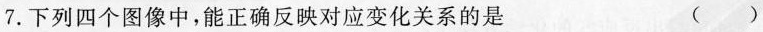
7.下列四个图像中，能正确反映对应变化关系的是 ( )